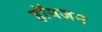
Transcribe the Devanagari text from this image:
हॉयजन